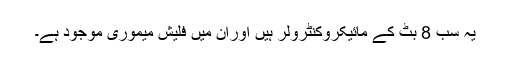
یہ سب 8 بٹ کے مائیکروکنٹرولر ہیں اوران میں فلیش میموری موجود ہے۔